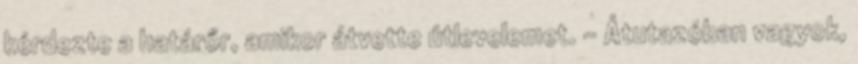
kérdezte a határőr, amikor átvette útlevelemet. – Átutazóban vagyok,